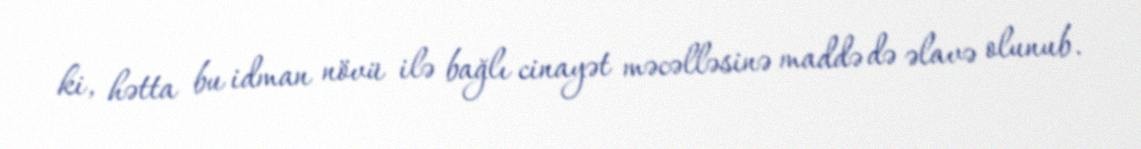
ki, hətta bu idman növü ilə bağlı cinayət məcəlləsinə maddə də əlavə olunub.